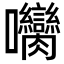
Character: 𡆝